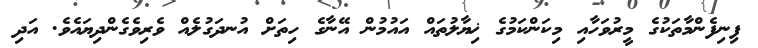
ފިނިފެންމާތަކުގެ މީރުވަހާއި މިކަންކަމުގެ ޚިޔާލުތައް އައުމުން އޭނާގެ ހިތަށް އުނދަގުލެއް ވެރިވެގެންދިޔައެވެ. އަދި